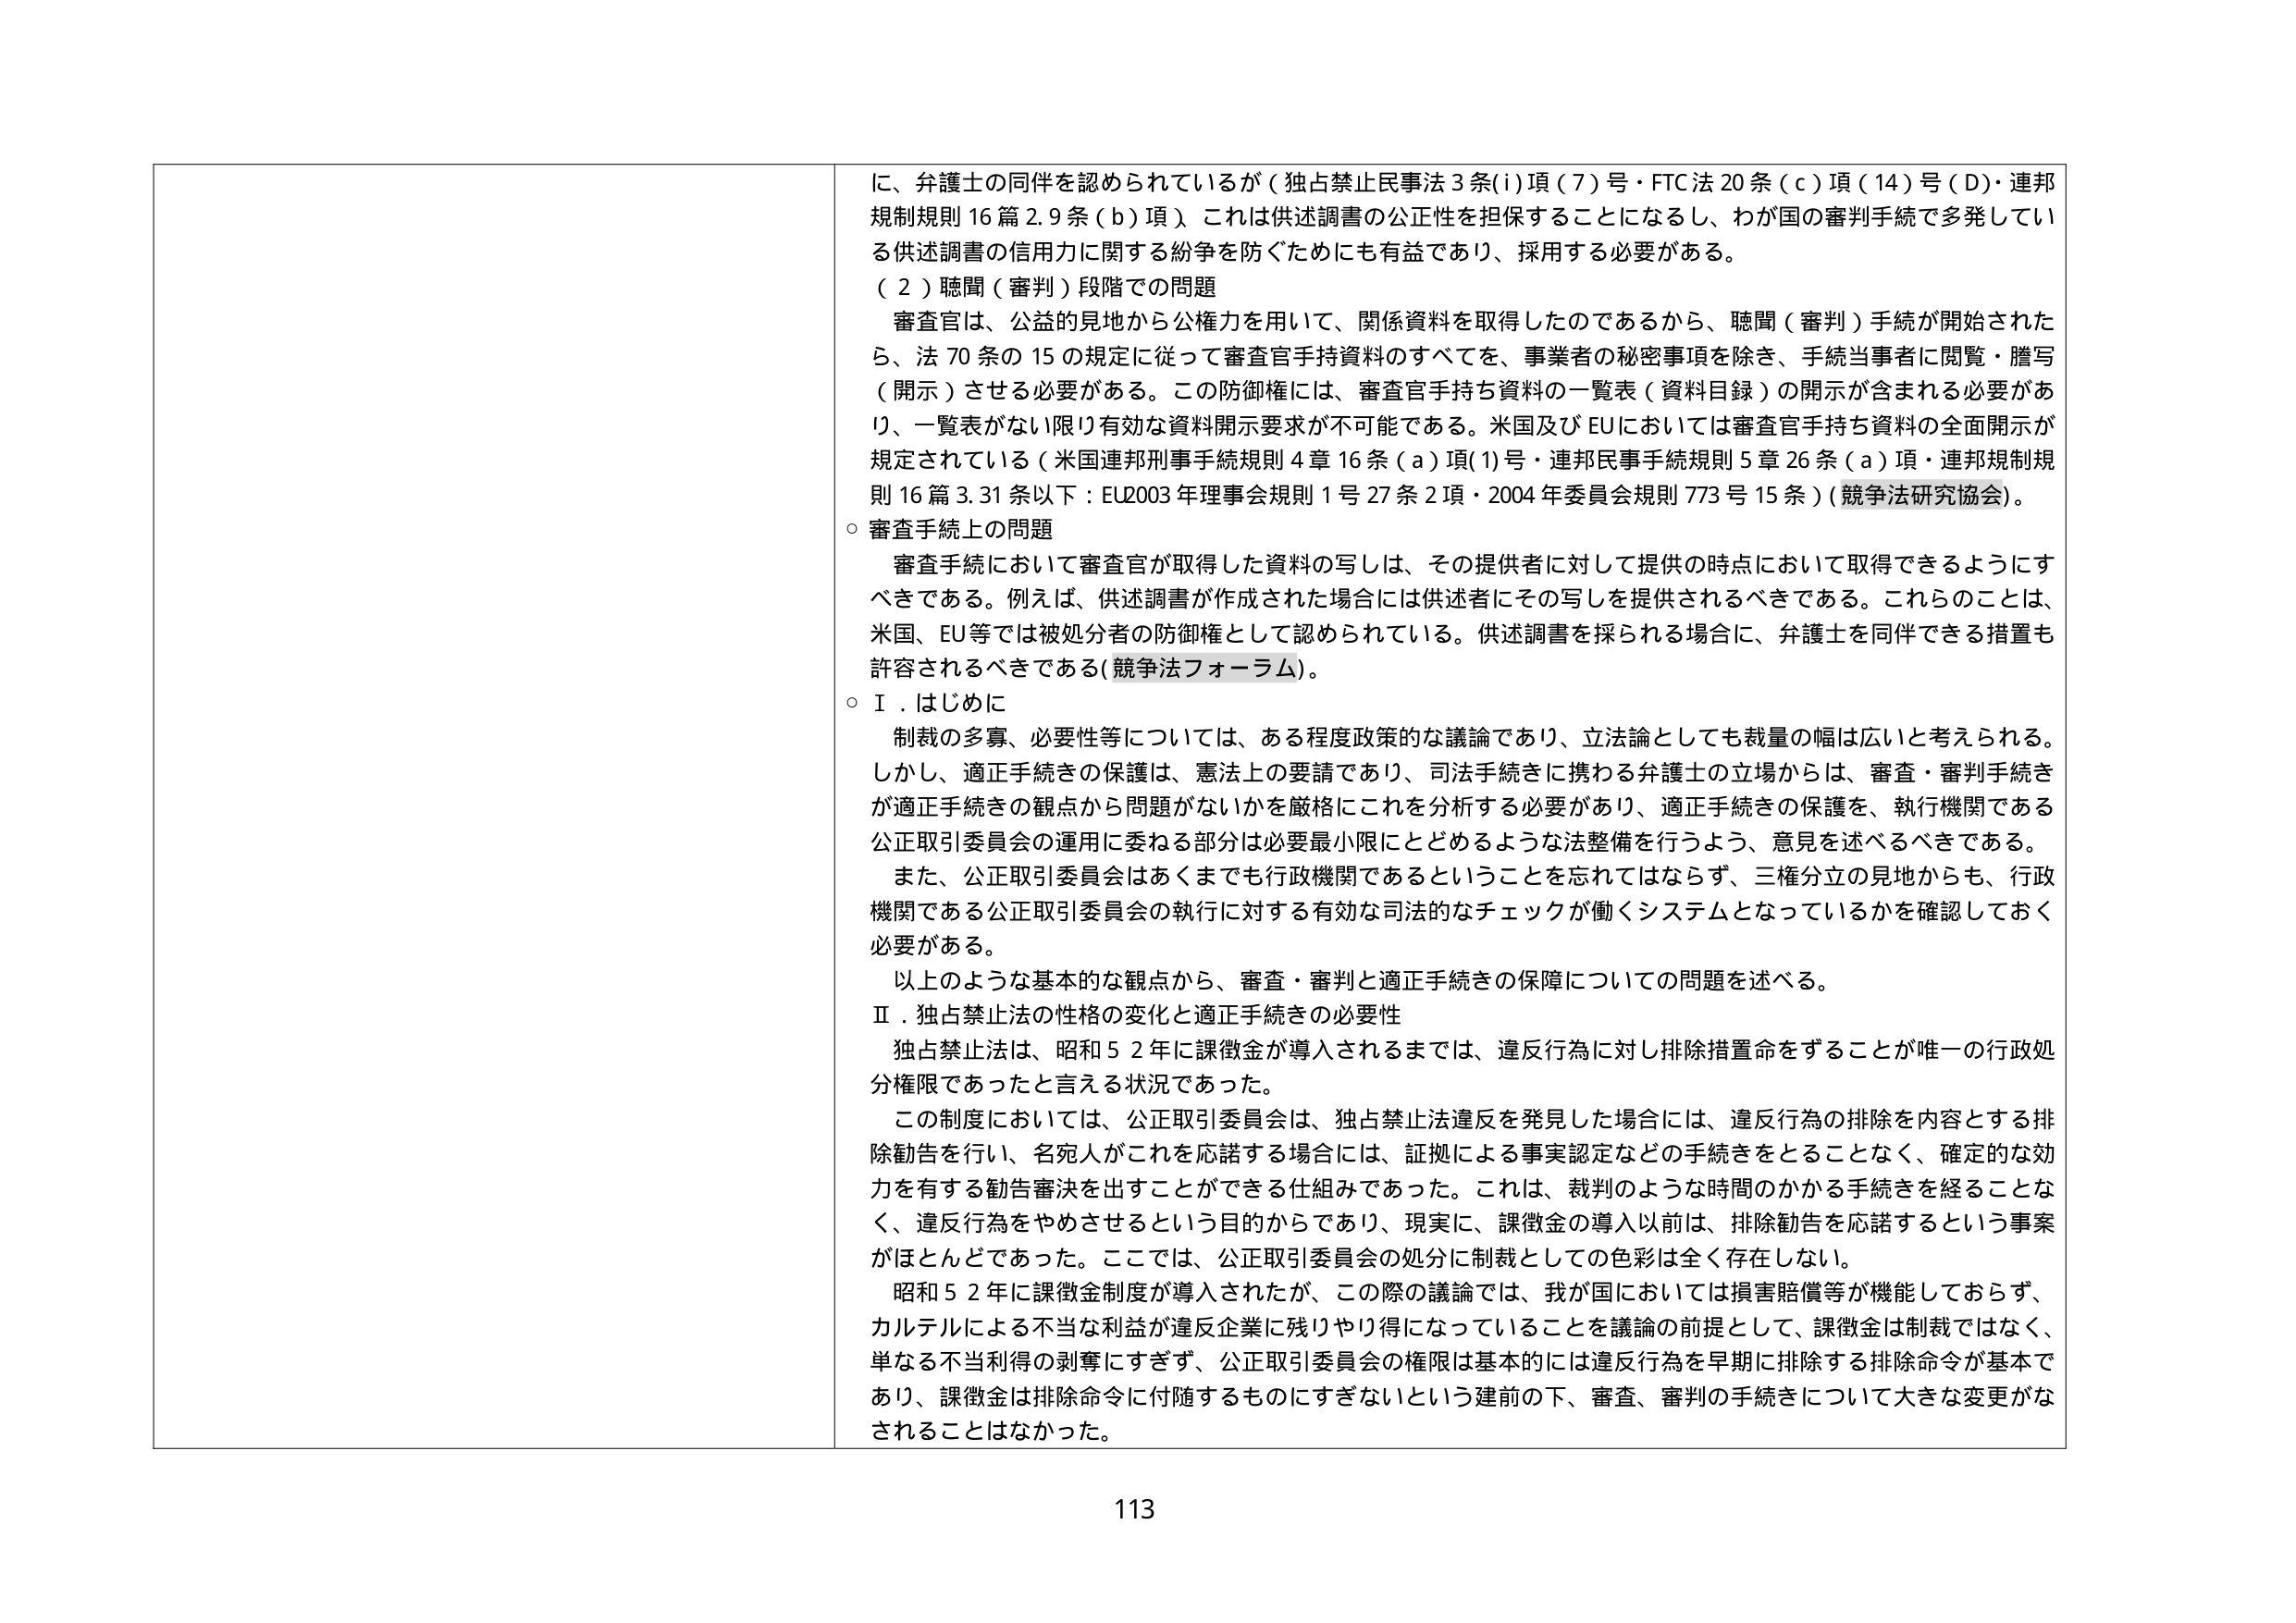
に、弁護士の同伴を認められているが（独占禁止民事法3条(i)項(7)号・FTC法20条(c)項(14)号(D)・連邦規制規則16篇2.9条(b)項）これは供述調書の公正性を担保することになるし、わが国の審判手続で多発している供述調書の信用力に関する紛争を防ぐためにも有益であり、採用する必要がある。

（2）聴聞（審判）段階での問題
審査官は、公益的見地から公権力を用いて、関係資料を取得したのであるから、聴聞（審判）手続が開始されたら、法70条の15の規定に従って審査官手持資料のすべてを、事業者の秘密事項を除き、手続当事者に閲覧・謄写（開示）させる必要がある。この防御権には、審査官手持ち資料の一覧表（資料目録）の開示が含まれる必要があり、一覧表がない限り有効な資料開示要求が不可能である。米国及びEUにおいては審査官手持ち資料の全面開示が規定されている（米国連邦刑事手続規則4章16条(a)項(1)号・連邦民事手続規則5章26条(a)項・連邦規制規則16篇3.31条以下：EU2003年理事会規則1号27条2項・2004年委員会規則773号15条）（競争法研究協会）。

○ 審査手続上の問題
審査手続において審査官が取得した資料の写しは、その提供者に対して提供の時点において取得できるようにすべきである。例えば、供述調書が作成された場合には供述者にその写しを提供されるべきである。これらることは、米国、EU等では被処分者の防御権として認められている。供述調書を採られる場合に、弁護士を同伴できる措置も許容されるべきである（競争法フォーラム）。

○ I．はじめに
制裁の多寡、必要性等については、ある程度政策的な議論であり、立法論としても裁量の幅は広いと考えられる。しかし、適正手続きの保護は、憲法上の要請であり、司法手続きに携わる弁護士の立場からは、審査・審判手続きが適正手続きの観点から問題がないかを厳格にこれを分析する必要があり、適正手続きの保護を、執行機関である公正取引委員会の運用に委ねる部分は必要最小限にとどめるような法整備を行うよう、意見を述べるべきである。
また、公正取引委員会はあくまでも行政機関であるということを忘れてはならず、三権分立の見地からも、行政機関である公正取引委員会の執行に対する有効な司法的なチェックが働くシステムとなっているかを確認しておく必要がある。
以上のような基本的な観点から、審査・審判と適正手続きの保障についての問題を述べる。

II．独占禁止法の性格の変化と適正手続きの必要性
独占禁止法は、昭和52年に課徴金が導入されるまでは、違反行為に対し排除措置命令をすることが唯一の行政処分権限であったと言える状況であった。
この制度においては、公正取引委員会は、独占禁止法違反を発見した場合には、違反行為の排除を内容とする排除勧告を行い、名宛人がこれを応諾する場合には、証拠による事実認定などの手続きをとることなく、確定的な効力を有する勧告審決を出すことができる仕組みであった。これは、裁判のような時間のかかる手続きを経ることなく、違反行為をやめさせるという目的からであり、現実に、課徴金の導入以前は、排除勧告を応諾するという事案がほとんどであった。ここでは、公正取引委員会の処分に制裁としての色彩は全く存在しない。
昭和52年に課徴金制度が導入されたが、この際の議論では、我が国においては損害賠償等が機能しておらず、カルテルによる不当な利益が違反企業に残りやリ得になっていることを議論の前提として、課徴金は制裁ではなく、単なる不当利得の剥奪にすぎず、公正取引委員会の権限は基本的には違反行為を早期に排除する排除命令が基本であり、課徴金は排除命令に付随するものにすぎないという建前の下、審査・審判の手続きについて大きな変更がなされることとはなかった。

113